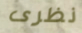
نظرى